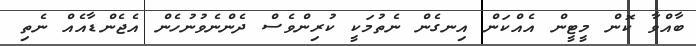
ބާއްވާ ކޮން މީޓީން އެއްކަން އިނގެން ނެތުމަކީ ކުރިންވެސް ދެންނެވުނުހެން އެޖެންޑާއެއް ނެތި